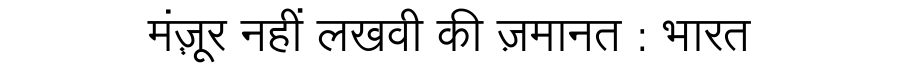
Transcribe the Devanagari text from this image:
मंज़़ूर नहीं लखवी की ज़मानत : भारत